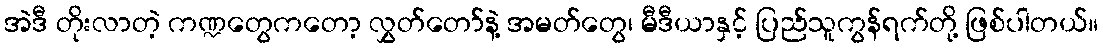
အဲဒီ တိုးလာတဲ့ ကဏ္ဍတွေကတော့ လွှတ်တော်နဲ့ အမတ်တွေ၊ မီဒီယာနှင့် ပြည်သူကွန်ရက်တို့ ဖြစ်ပါတယ်။